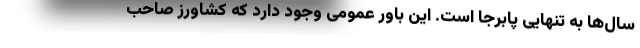
سال‌ها به تنهایی پابرجا است. این باور عمومی وجود دارد که کشاورز صاحب